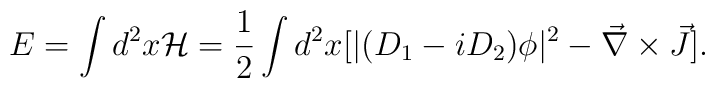
E = \int d^2 x {\cal H} =  {1 \over 2}  \int d^2 x  \big[ |(D_1 - i D_2 ) \phi |^2  - {\vec{\nabla} \times \vec{J}} \big].